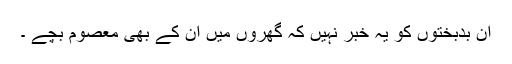
ان بدبختوں کو یہ خبر نہیں کہ گھروں میں ان کے بھی معصوم بچے ۔